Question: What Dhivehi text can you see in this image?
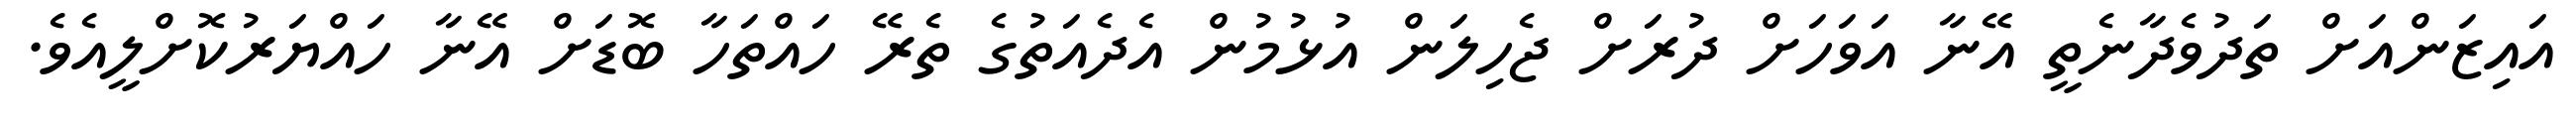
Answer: އައިޒަންއަށް ތަދުވެދާނެތީ އޭނާ އަވަހަށް ދުރަށް ޖެހިލަން އުޅުމުން އެދެއަތުގެ ތެރޭ ހައްތަހާ ބޮޑަށް އޭނާ ހައްޔަރުކޮށްލީއެވެ.